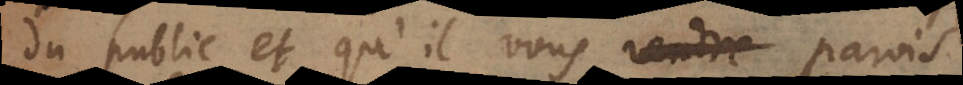
du public, et qu’il vous paroist